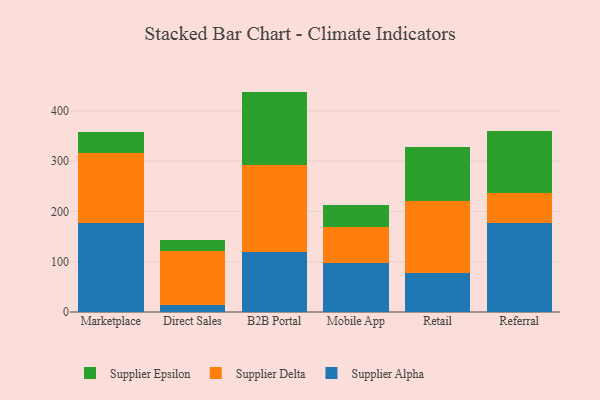
{"axis": {"x": "Channel", "y": "Energy Usage (MWh)"}, "legend": ["Supplier Alpha", "Supplier Delta", "Supplier Epsilon"], "data": [{"x": "Marketplace", "y": 176.3, "type": "Supplier Alpha"}, {"x": "Marketplace", "y": 140.5, "type": "Supplier Delta"}, {"x": "Marketplace", "y": 41.2, "type": "Supplier Epsilon"}, {"x": "Direct Sales", "y": 13.6, "type": "Supplier Alpha"}, {"x": "Direct Sales", "y": 107.2, "type": "Supplier Delta"}, {"x": "Direct Sales", "y": 22.3, "type": "Supplier Epsilon"}, {"x": "B2B Portal", "y": 120.0, "type": "Supplier Alpha"}, {"x": "B2B Portal", "y": 172.5, "type": "Supplier Delta"}, {"x": "B2B Portal", "y": 145.7, "type": "Supplier Epsilon"}, {"x": "Mobile App", "y": 98.1, "type": "Supplier Alpha"}, {"x": "Mobile App", "y": 70.6, "type": "Supplier Delta"}, {"x": "Mobile App", "y": 43.1, "type": "Supplier Epsilon"}, {"x": "Retail", "y": 77.8, "type": "Supplier Alpha"}, {"x": "Retail", "y": 142.7, "type": "Supplier Delta"}, {"x": "Retail", "y": 107.2, "type": "Supplier Epsilon"}, {"x": "Referral", "y": 176.6, "type": "Supplier Alpha"}, {"x": "Referral", "y": 60.1, "type": "Supplier Delta"}, {"x": "Referral", "y": 122.9, "type": "Supplier Epsilon"}]}